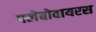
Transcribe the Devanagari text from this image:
फ्लेबोवायरस